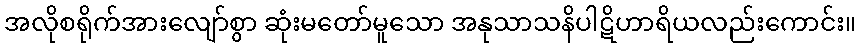
အလိုစရိုက်အားလျော်စွာ ဆုံးမတော်မူသော အနုသာသနိပါဋိဟာရိယလည်းကောင်း။